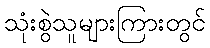
သုံးစွဲသူများကြားတွင်